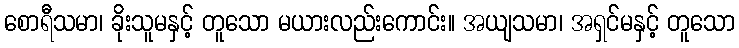
စောရီသမာ၊ ခိုးသူမနှင့် တူသော မယားလည်းကောင်း။ အယျသမာ၊ အရှင်မနှင့် တူသော